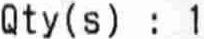
QTY(S) : 1